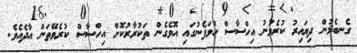
ގެނބެމުން ދިޔައިރު ކުރެވުނު އިހްސާސް ހުވަފެނުގައި އޮވެގެން ތަކުރާރުކޮށް އިހްސާސް ކުރެވޭތަން އާދެއެވެ.